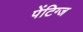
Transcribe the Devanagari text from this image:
पेंटिग्ज